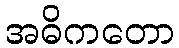
အဓိကတော